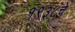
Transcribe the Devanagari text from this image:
१९३८चे